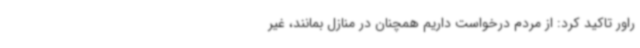
راور تاکید کرد: از مردم درخواست داریم همچنان در منازل بمانند، غیر